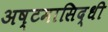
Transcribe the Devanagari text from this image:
अष्टमासिद्धी